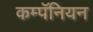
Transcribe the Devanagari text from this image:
कम्पॅनियन